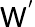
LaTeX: \mathsf{W}^{'}